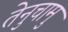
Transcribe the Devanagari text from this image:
तेनुचामु